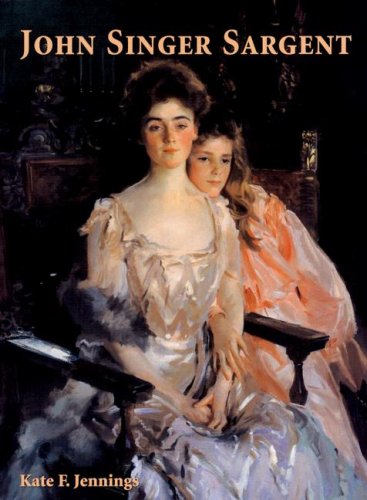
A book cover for John Singer Sargent; Kate F. Jennings; Arts & Photography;